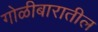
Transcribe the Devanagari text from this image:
गोळीबारातील